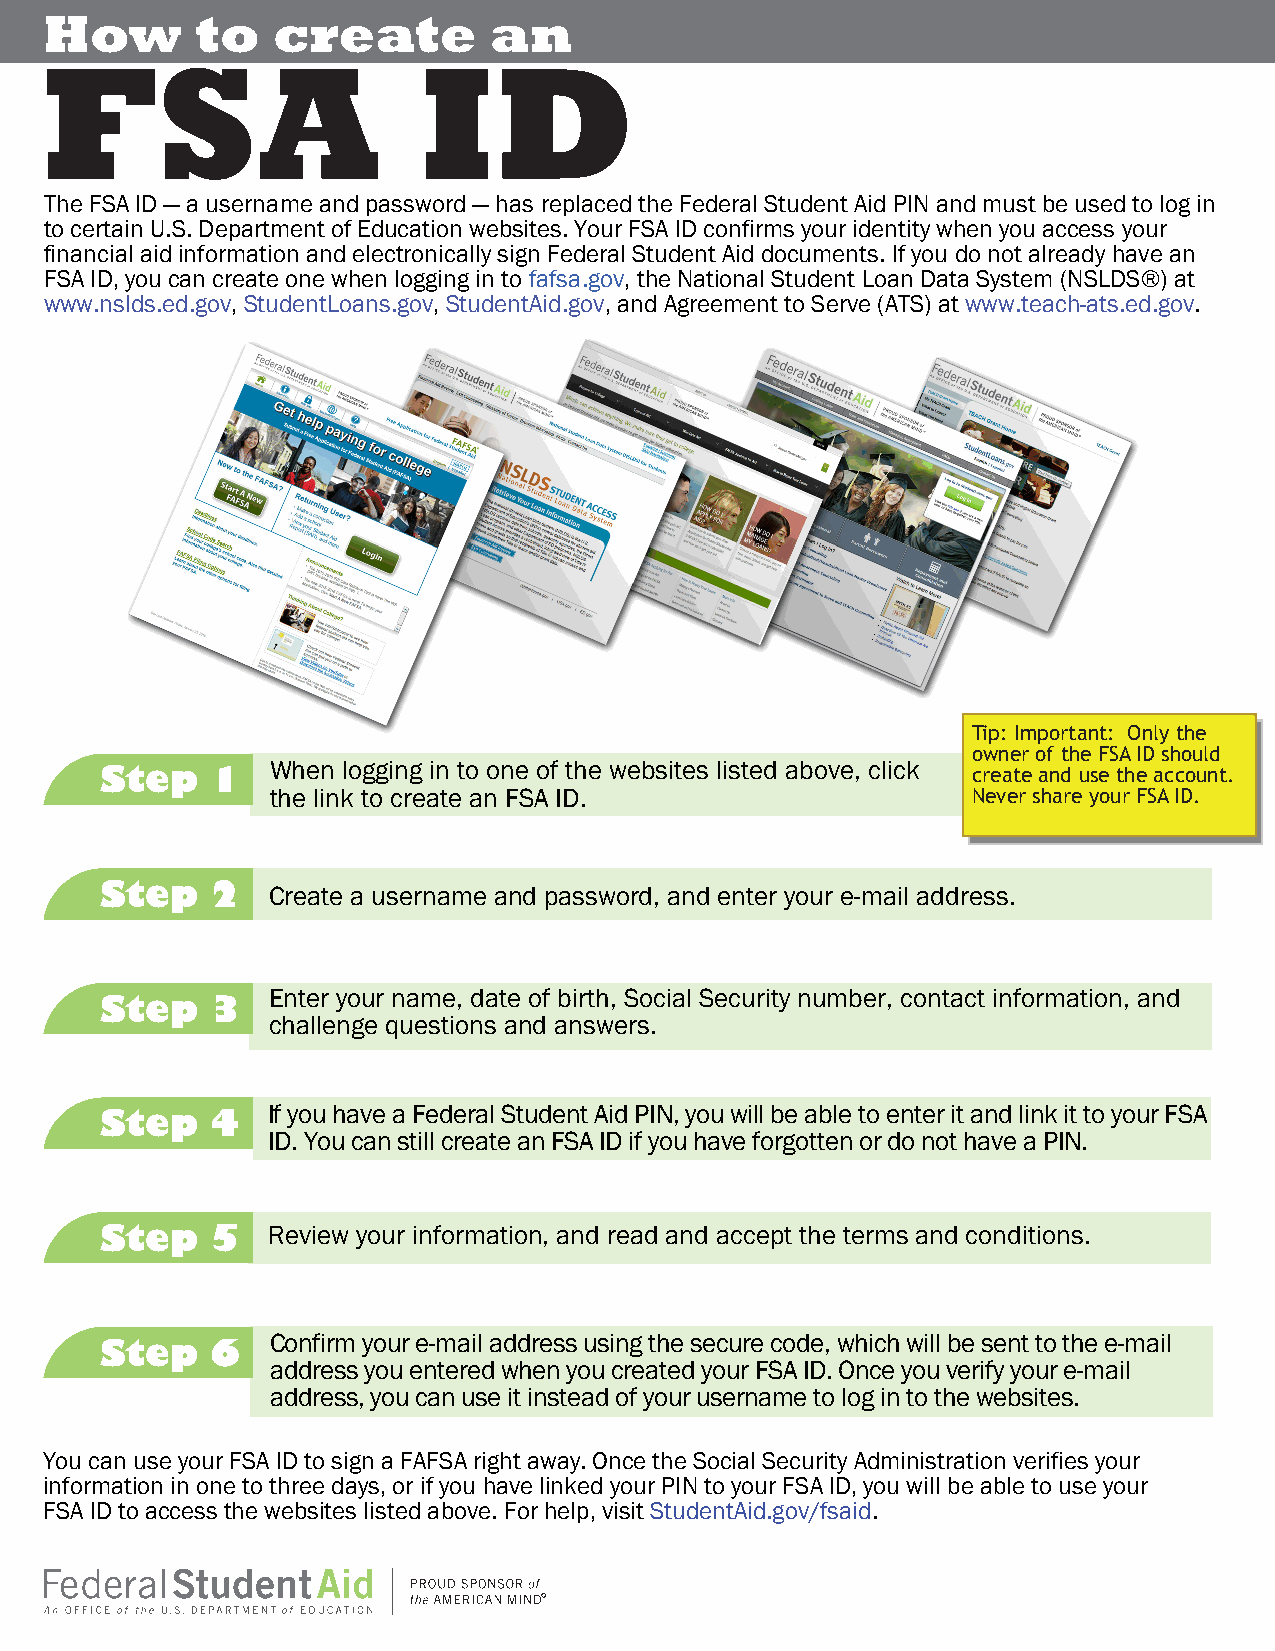
How       to   create        an
 FSA                      ID
 The FSA ID ― a username and password ― has replaced the Federal Student Aid PIN and must be used to log in
 to certain U.S. Department of Education websites. Your FSA ID confirms your identity when you access your
 financial aid information and electronically sign Federal Student Aid documents. If you do not already have an
 FSA ID, you can create one when logging in to fafsa.gov, the National Student Loan Data System (NSLDS®) at
 www.nslds.ed.gov, StudentLoans.gov, StudentAid.gov, and Agreement to Serve (ATS) at www.teach-ats.ed.gov.
 Tip: Important: Only the
 owner of the FSA ID should
 Step   1   When logging in to one of the websites listed above, click create and use the account.
 the link to create an FSA ID.                 Never share your FSA ID.
 Step   2   Create a username and password, and enter your e-mail address.
 Enter your name, date of birth, Social Security number, contact information, and
 Step   3
 challenge questions and answers.
 If you have a Federal Student Aid PIN, you will be able to enter it and link it to your FSA
 Step   4
 ID. You can still create an FSA ID if you have forgotten or do not have a PIN.
 Step   5   Review your information, and read and accept the terms and conditions.
 Confirm your e-mail address using the secure code, which will be sent to the e-mail
 Step   6
 address you entered when you created your FSA ID. Once you verify your e-mail
 address, you can use it instead of your username to log in to the websites.
 You can use your FSA ID to sign a FAFSA right away. Once the Social Security Administration verifies your
 information in one to three days, or if you have linked your PIN to your FSA ID, you will be able to use your
 FSA ID to access the websites listed above. For help, visit StudentAid.gov/fsaid.